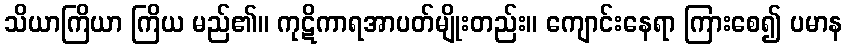
သိယာကြိယာ ကြိယ မည်၏။ ကုဋိကာရအာပတ်မျိုးတည်း။ ကျောင်းနေရာ ကြားစေ၍ ပမာန